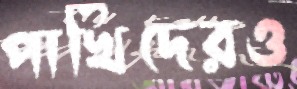
পাখিদেরও